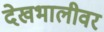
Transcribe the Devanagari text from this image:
देखभालीवर